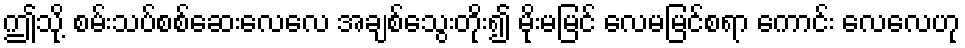
ဤသို့ စမ်းသပ်စစ်ဆေးလေလေ အချစ်သွေးတိုး၍ မိုးမမြင် လေမမြင်စရာ ကောင်း လေလေဟု